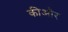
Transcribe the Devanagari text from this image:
कीऔर